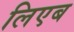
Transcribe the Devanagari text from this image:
लिएब